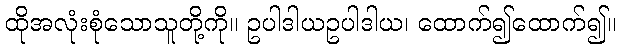
ထိုအလုံးစုံသောသူတို့ကို။ ဥပါဒါယဥပါဒါယ၊ ထောက်၍ထောက်၍။